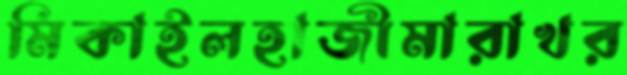
মিকাইলহাজীমারাখর